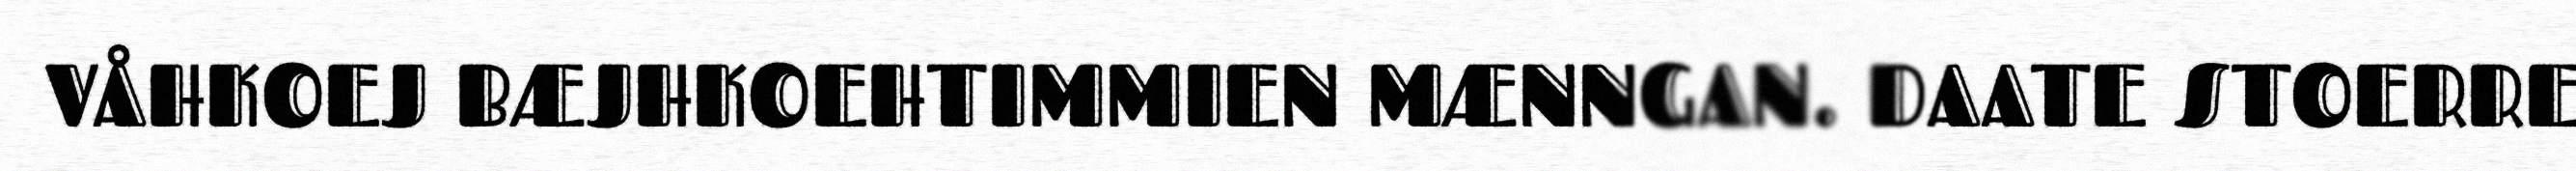
VÅHKOEJ BÆJHKOEHTIMMIEN MÆNNGAN. DAATE STOERRE